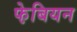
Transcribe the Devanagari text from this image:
फे़बियन